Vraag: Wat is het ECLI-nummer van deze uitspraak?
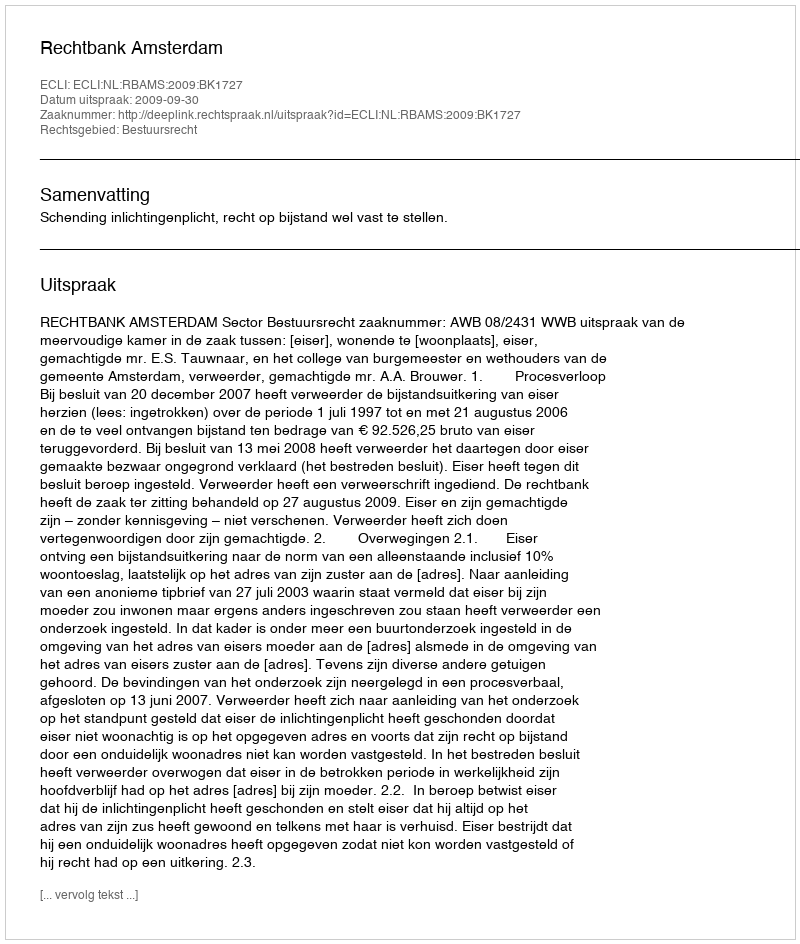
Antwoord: ECLI:NL:RBAMS:2009:BK1727